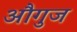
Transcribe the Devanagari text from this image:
औगुज